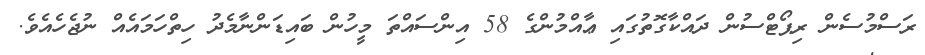
ރަސްމުސެން ރިޕޯޓްސުން ދައްކާގޮތުގައި ޢާއްމުންގެ 58 އިންސައްތަ މީހުން ބައިޑަންނާމެދު ހިތްހަމައެއް ނުޖެހެއެވެ.